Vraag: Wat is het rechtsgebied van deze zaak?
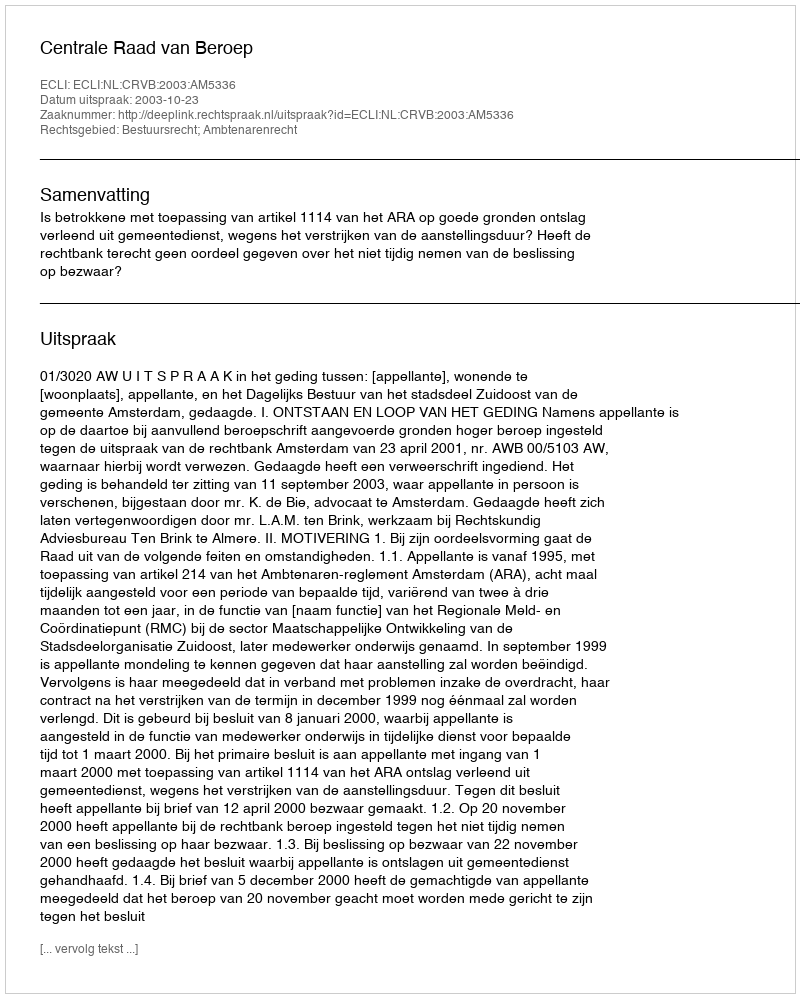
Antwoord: Bestuursrecht; Ambtenarenrecht